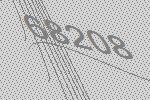
68208